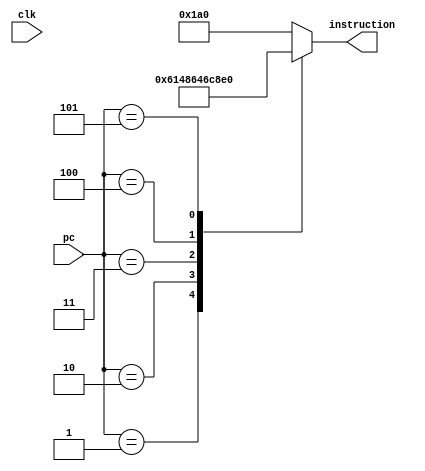
`timescale 1ns / 1ps
module InstructionROM_test(
	input clk,
   input [15:0]pc, 
	output [8:0] instruction);
	
reg [8:0]_instOut;
assign instruction = _instOut;

parameter
		add			= 5'b00000,
		sub    		= 5'b00001,
		mv				= 5'b00010,
		mvToAdr    	= 5'b00011,
		mvAdr			= 5'b00100,
		rsAdr			= 5'b00101,
		seti			= 5'b00110,
		mvMath		= 5'b00111,
		mvToMath		= 5'b01000,
		mathToAdr	= 5'b01001,
		setReg		= 5'b01010,
		setCnt		= 5'b01011,
		mvCnt		   = 5'b01100,
		mvToCnt		= 5'b01101,
		rsCnt			= 5'b01110,
		be				= 5'b01111,
		bne			= 5'b10000,
		bez			= 5'b10001,
		bltz		   = 5'b10010,
		bgte			= 5'b10011,
		evu			= 5'b10100,
		evl			= 5'b10101,
		ld				= 5'b10110,
		st		   	= 5'b10111,
		jump			= 5'b11000,
		zeroReg		= 5'b11001,
		halt			= 5'b11010,
		toBeDefined	= 5'b11011;

always @ (*)
begin
    case(pc)
       /// 1:  begin _instOut={seti,        4'b0001}; end
       // 2:  begin _instOut={mathToAdr,   4'b0000}; end
       // 3:  begin _instOut={mathToAdr,   4'b0100}; end 
      //  4:  begin _instOut={rsAdr,       4'b0001}; end
      //  5:  begin _instOut={seti,        4'b0111}; end
       // 6:  begin _instOut={mathToAdr,   4'b0000}; end
       // 7:  begin _instOut={bltz,        4'b0101}; end
        //8:  begin _instOut={seti,        4'b0011}; end
       // 9:  begin _instOut={sub,         4'b0101}; end 
      //  10: begin _instOut={rsAdr,       4'b0000}; end
     //   11: begin _instOut={seti,        4'b1001}; end
       // 12: begin _instOut={mathToAdr,   4'b0000}; end
       // 13: begin _instOut={jump,        4'b0000}; end
      //  14: begin _instOut={halt,        4'b0000}; end //halt
		    1:  begin _instOut={seti,        4'b0001}; end //$math = 1
          2:  begin _instOut={mathToAdr,   4'b0000}; end //$adr=0000 0000 0000 0001
          3:  begin _instOut={zeroReg,     4'b0001}; end //$1 = 0
          4:  begin _instOut={ld,          4'b0100}; end //$0 = mem[1]
		    5:  begin _instOut={rsCnt,       4'b0000}; end //$cnt = 0
          default: begin _instOut ={halt,  4'b0000}; end //halt
    endcase

end
endmodule